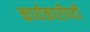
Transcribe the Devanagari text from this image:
कार्यकारीपदी